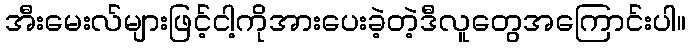
အီးမေးလ်များဖြင့်ငါ့ကိုအားပေးခဲ့တဲ့ဒီလူတွေအကြောင်းပါ။